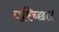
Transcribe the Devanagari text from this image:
परिच्‍छा।